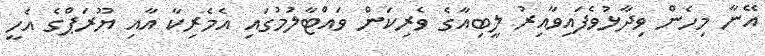
އޭނާ މިހެން ވިދާޅުވެފައިވާއިރު ލީބިއާގެ ވެރިކަން ވައްޓާލުމުގައި އެމެރިކާ އާއި ޔޫރަޕްގެ އެހީ